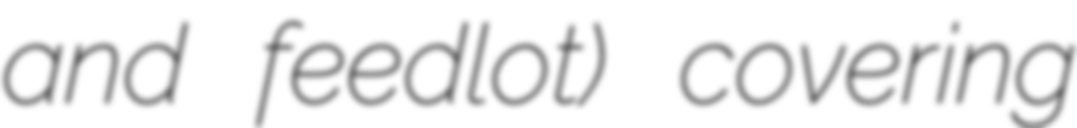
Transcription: and feedlot) covering